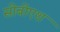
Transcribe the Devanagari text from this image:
सीबीएश